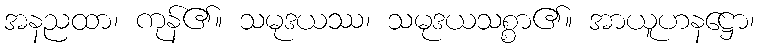
အနညထာ၊ ကုန်၏။ သမုဒယဿ၊ သမုဒယသစ္စာ၏။ အာယူဟနဋ္ဌော၊